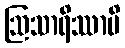
ဩသာရိဿာမိ